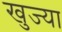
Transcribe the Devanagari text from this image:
खुज्या